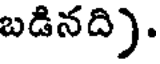
బడినది).